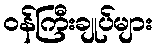
ဝန်ကြီးချုပ်များ